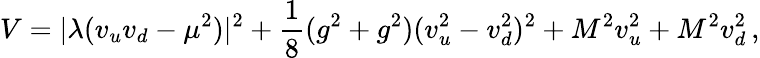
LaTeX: V=|\lambda(v_{u}v_{d}-\mu^{2})|^{2}+\frac{1}{8}(g^{2}+g^{2})(v_{u}^{2}-v_{d}^{2})^{2}+M^{2}v_{u}^{2}+M^{2}v_{d}^{2}\, ,